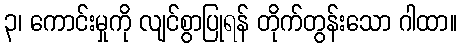
၃၊ ကောင်းမှုကို လျင်စွာပြုရန် တိုက်တွန်းသော ဂါထာ။